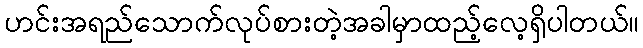
ဟင်းအရည်သောက်လုပ်စားတဲ့အခါမှာထည့်လေ့ရှိပါတယ်။